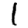
Digit: 1